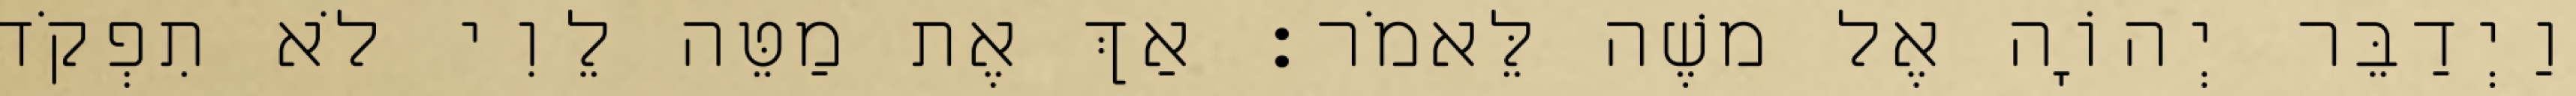
וַיְדַבֵּר יְהוָֹה אֶל משֶׁה לֵּאמֹר׃ אַךְ אֶת מַטֵּה לֵוִי לֹא תִפְקֹד